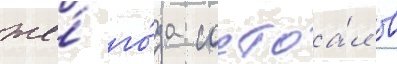
же́ го́да состоа́л в